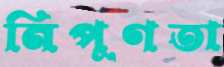
নিপুণতা